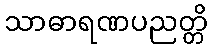
သာဓာရဏပညတ္တိ